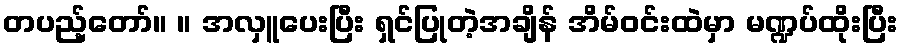
တပည့်တော်။ ။ အလှူပေးပြီး ရှင်ပြုတဲ့အချိန် အိမ်ဝင်းထဲမှာ မဏ္ဍပ်ထိုးပြီး